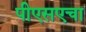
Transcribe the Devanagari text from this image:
पीएसएचा